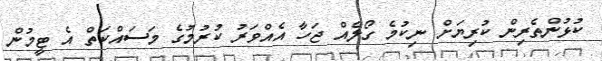
ކުޅުންތެރިން ކުރިޔަށް ނިކުމެ ގޯލެއް ޖަހާ އެއްވަރު ކުރުމުގެ މަސައްކަތް އެ ޓީމުން